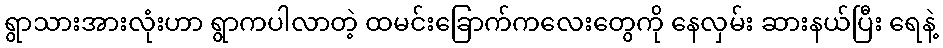
ရွာသားအားလုံးဟာ ရွာကပါလာတဲ့ ထမင်းခြောက်ကလေးတွေကို နေလှမ်း ဆားနယ်ပြီး ရေနဲ့